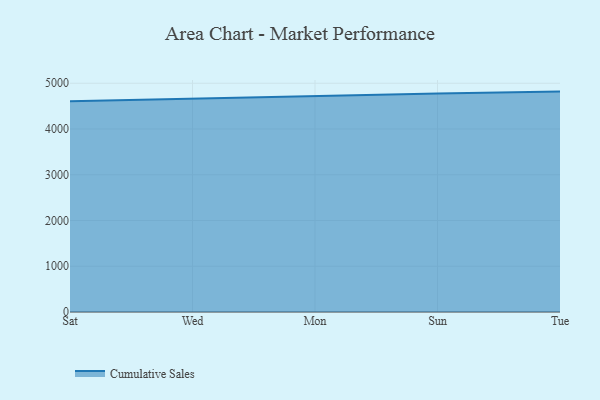
{"axis": {"x": "Day", "y": "Temperature (°C)"}, "legend": ["Cumulative Sales"], "data": [{"x": "Sat", "y": 4604.6, "type": "Cumulative Sales"}, {"x": "Wed", "y": 4661.0, "type": "Cumulative Sales"}, {"x": "Mon", "y": 4728.3, "type": "Cumulative Sales"}, {"x": "Sun", "y": 4778.2, "type": "Cumulative Sales"}, {"x": "Tue", "y": 4817.7, "type": "Cumulative Sales"}]}